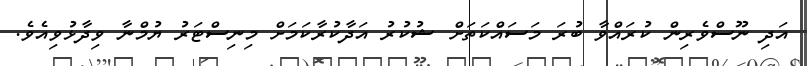
އަދި ނޫސްވެރިން ކުރައްވާ ބުރަ މަސައްކަތަށް ޝުކުރު އަދާކުރާކަމަށް މިނިސްޓަރު ޔުމްނާ ވިދާޅުވިއެވެ.